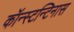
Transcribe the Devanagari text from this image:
कॉन्स्टन्टिनास